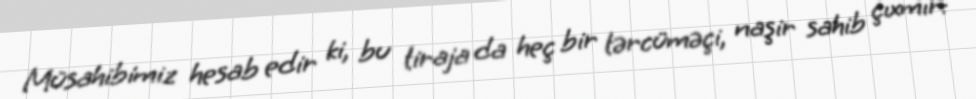
Müsahibimiz hesab edir ki, bu tiraja da heç bir tərcüməçi, naşir sahib çıxmır: